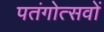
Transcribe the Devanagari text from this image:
पतंगोत्सवों